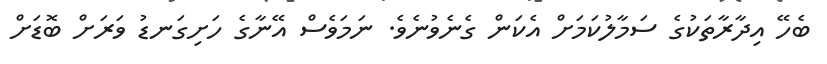
ބެހޭ އިދާރާތަކުގެ ސަމާލުކަމަށް އެކަން ގެނެވުނެވެ. ނަމަވެސް އޭނާގެ ހަށިގަނޑު ވަރަށް ބޮޑަށް